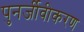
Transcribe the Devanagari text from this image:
पुनर्जीवीकरण